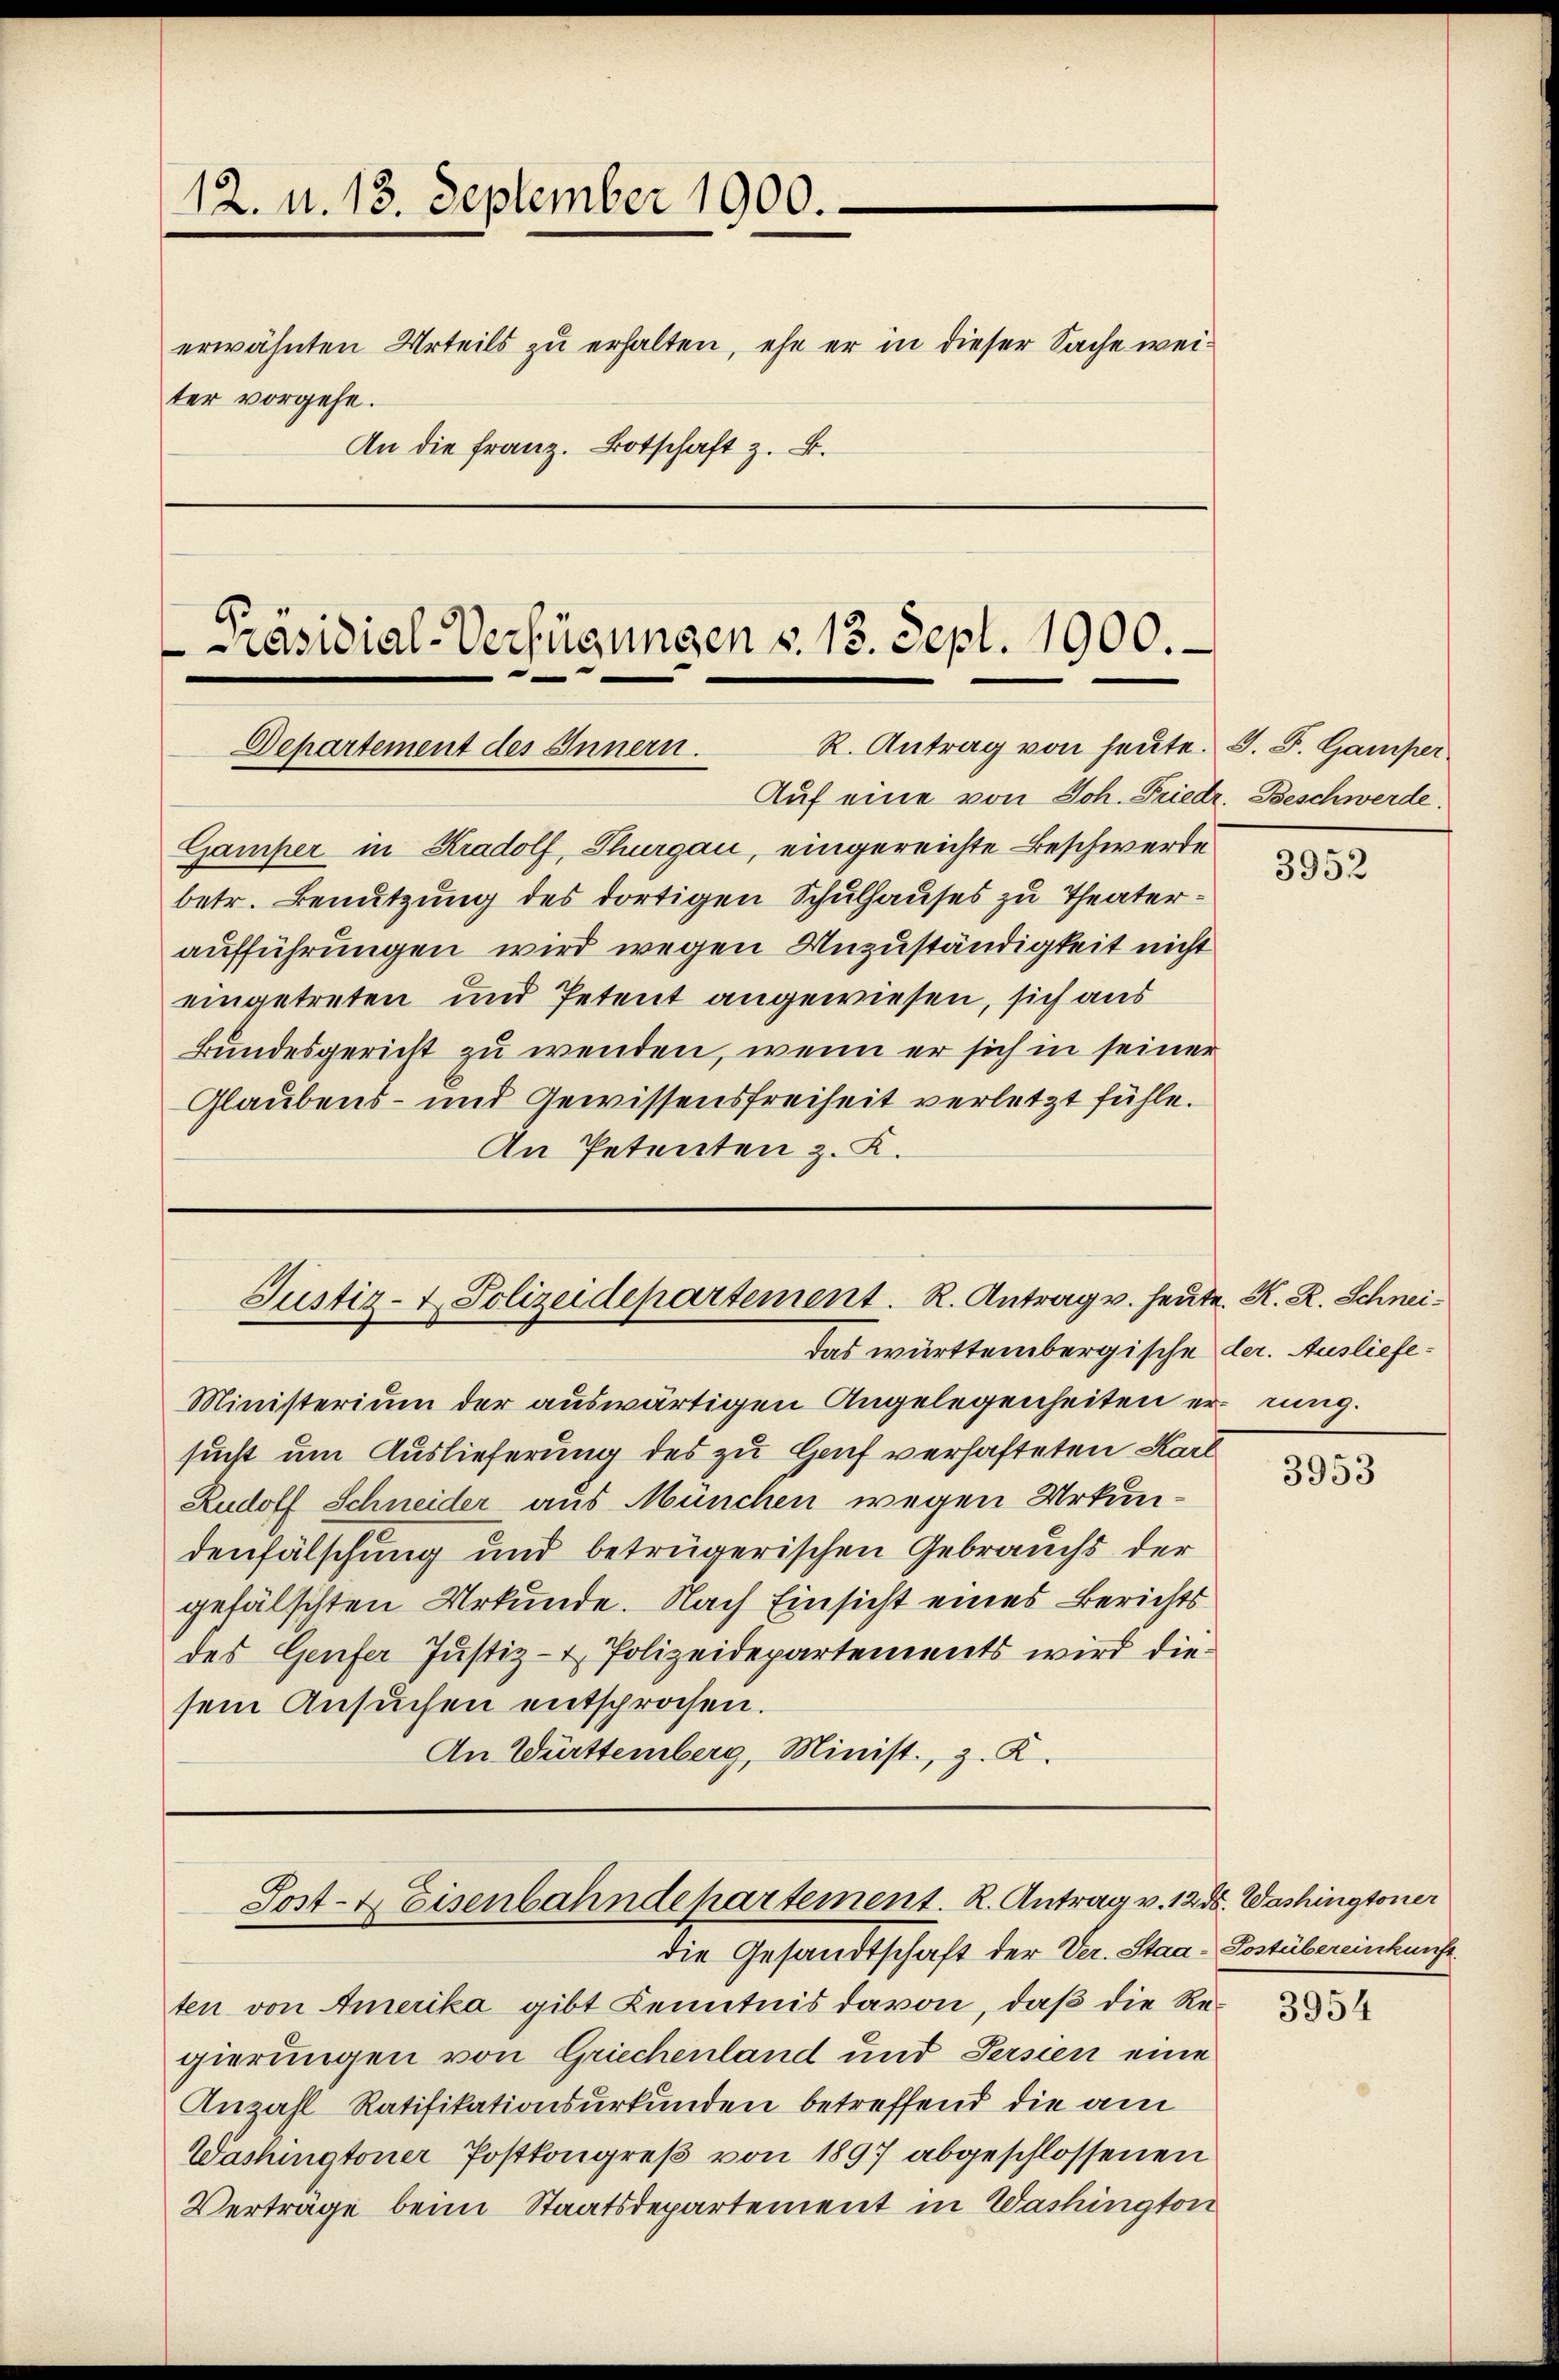
12. u. 13. September 1900.

erwähnten Urteils zu erhalten, ehe er in dieser Sache weiter vorgehe.
An die franz. Botschaft z. B.

Präsidial-Verfügungen v. 13. Sept. 1900.
R. Antrag von heute. J. F. Gamper
Dehartement des Innern.

Auf eine von Joh. Friedr. Beschwerde.
Gamper in Kradolf, Thurgau, eingereichte Beschwerde
betr. Benutzung des dortigen Schulhauses zu Theateraufführungen wird wegen Unzuständigkeit nicht
eingetreten und Petent angewiesen, sich aus
Bundesgericht zu wenden, wenn er sich in seiner
Glaubens- und Gewissensfreiheit verletzt fühle.
An Petenten z. K.

Das württembergische der Ausliefe¬
Ministerium der auswärtigen Angelegenheiten errung.
sucht um Auslieferung des zu Genf verhafteten Karl
Rudolf Schneider aus München wegen Urkundenfälschung und betrügerischen Gebrauchs der
gefälschten Urkunde. Nach Einsicht eines Berichts
des Genfer Justiz- & Polizeidepartements wird diesem Ansuchen entsprochen.
An Württemberg, Minist, z. K.

Justiz- & Polizeidepartement. R. Antrag v. heute. K. R. Schnei¬

Post- & Eisenbahndepartement. R. Antrag v. 1238. Washingtoner

die Gesandtschaft der Ver. Staa-Postübereinkunft.
ten von Amerika gibt Kenntnis davon, daß die Regierungen von Griechenland und Persien eine
Anzahl Ratifikationsurkunden betreffend die am
Washingtoner Postkongreß von 1897 abgeschlossenen
Verträge beim Staatsdepartement in Washington

3952

3953

3954